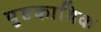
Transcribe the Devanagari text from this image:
पुष्टकायिक